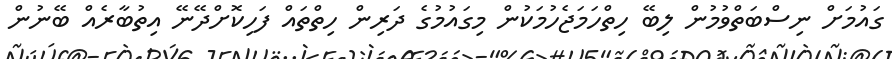
ގައުމަށް ނިސްބަތްވުމުން ލިބޭ ހިތްހަމަޖެހުމަކުން މިގައުމުގެ ދަރިން ހިތްތައް ފަހިކޮށްދޭނޭ އިތުބާރެއް ބޭނުން